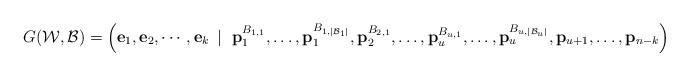
LaTeX: \begin{align*}G(\mathcal{W},\mathcal{B})=\left({\bf e}_1,{\bf e}_2,\cdots,{\bf e}_k\ \left|\right.\ {\bf p}_1^{B_{1,1}},\ldots,{\bf p}_1^{B_{1,|\mathcal{B}_1|}},{\bf p}_2^{B_{2,1}},\ldots,{\bf p}_u^{B_{u,1}},\ldots,{\bf p}_u^{B_{u,|\mathcal{B}_u|}},{\bf p}_{u+1},\ldots,{\bf p}_{n-k}\right)\end{align*}